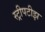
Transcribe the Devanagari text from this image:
स्ट्रीपटीझ